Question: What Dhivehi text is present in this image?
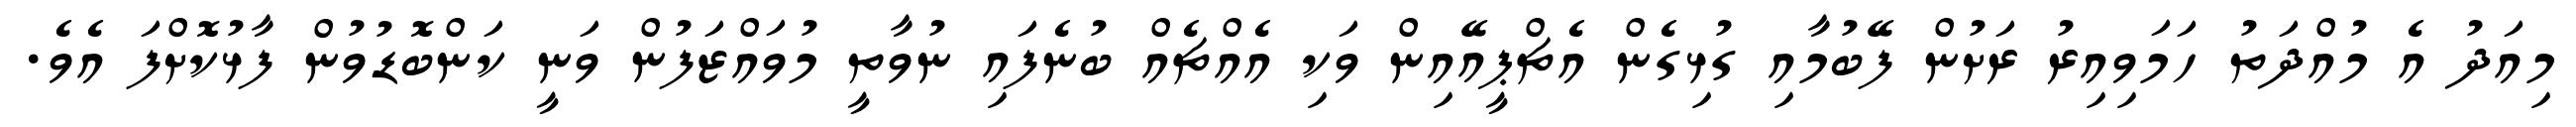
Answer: މިއަދު އެ މުއްދަތު ހަމަވިއިރު ރަށުން ފޭބުމާއި ގުޅިގެން އެޗްޕީއޭއިން ވަކި އެއްޗެއް ބުނެފައި ނުވާތީ މުވައްޒަފުން ވަނީ ކަންބޮޑުވުން ފާޅުކޮށްފަ އެވެ.